Kambja_algkool, lk 66
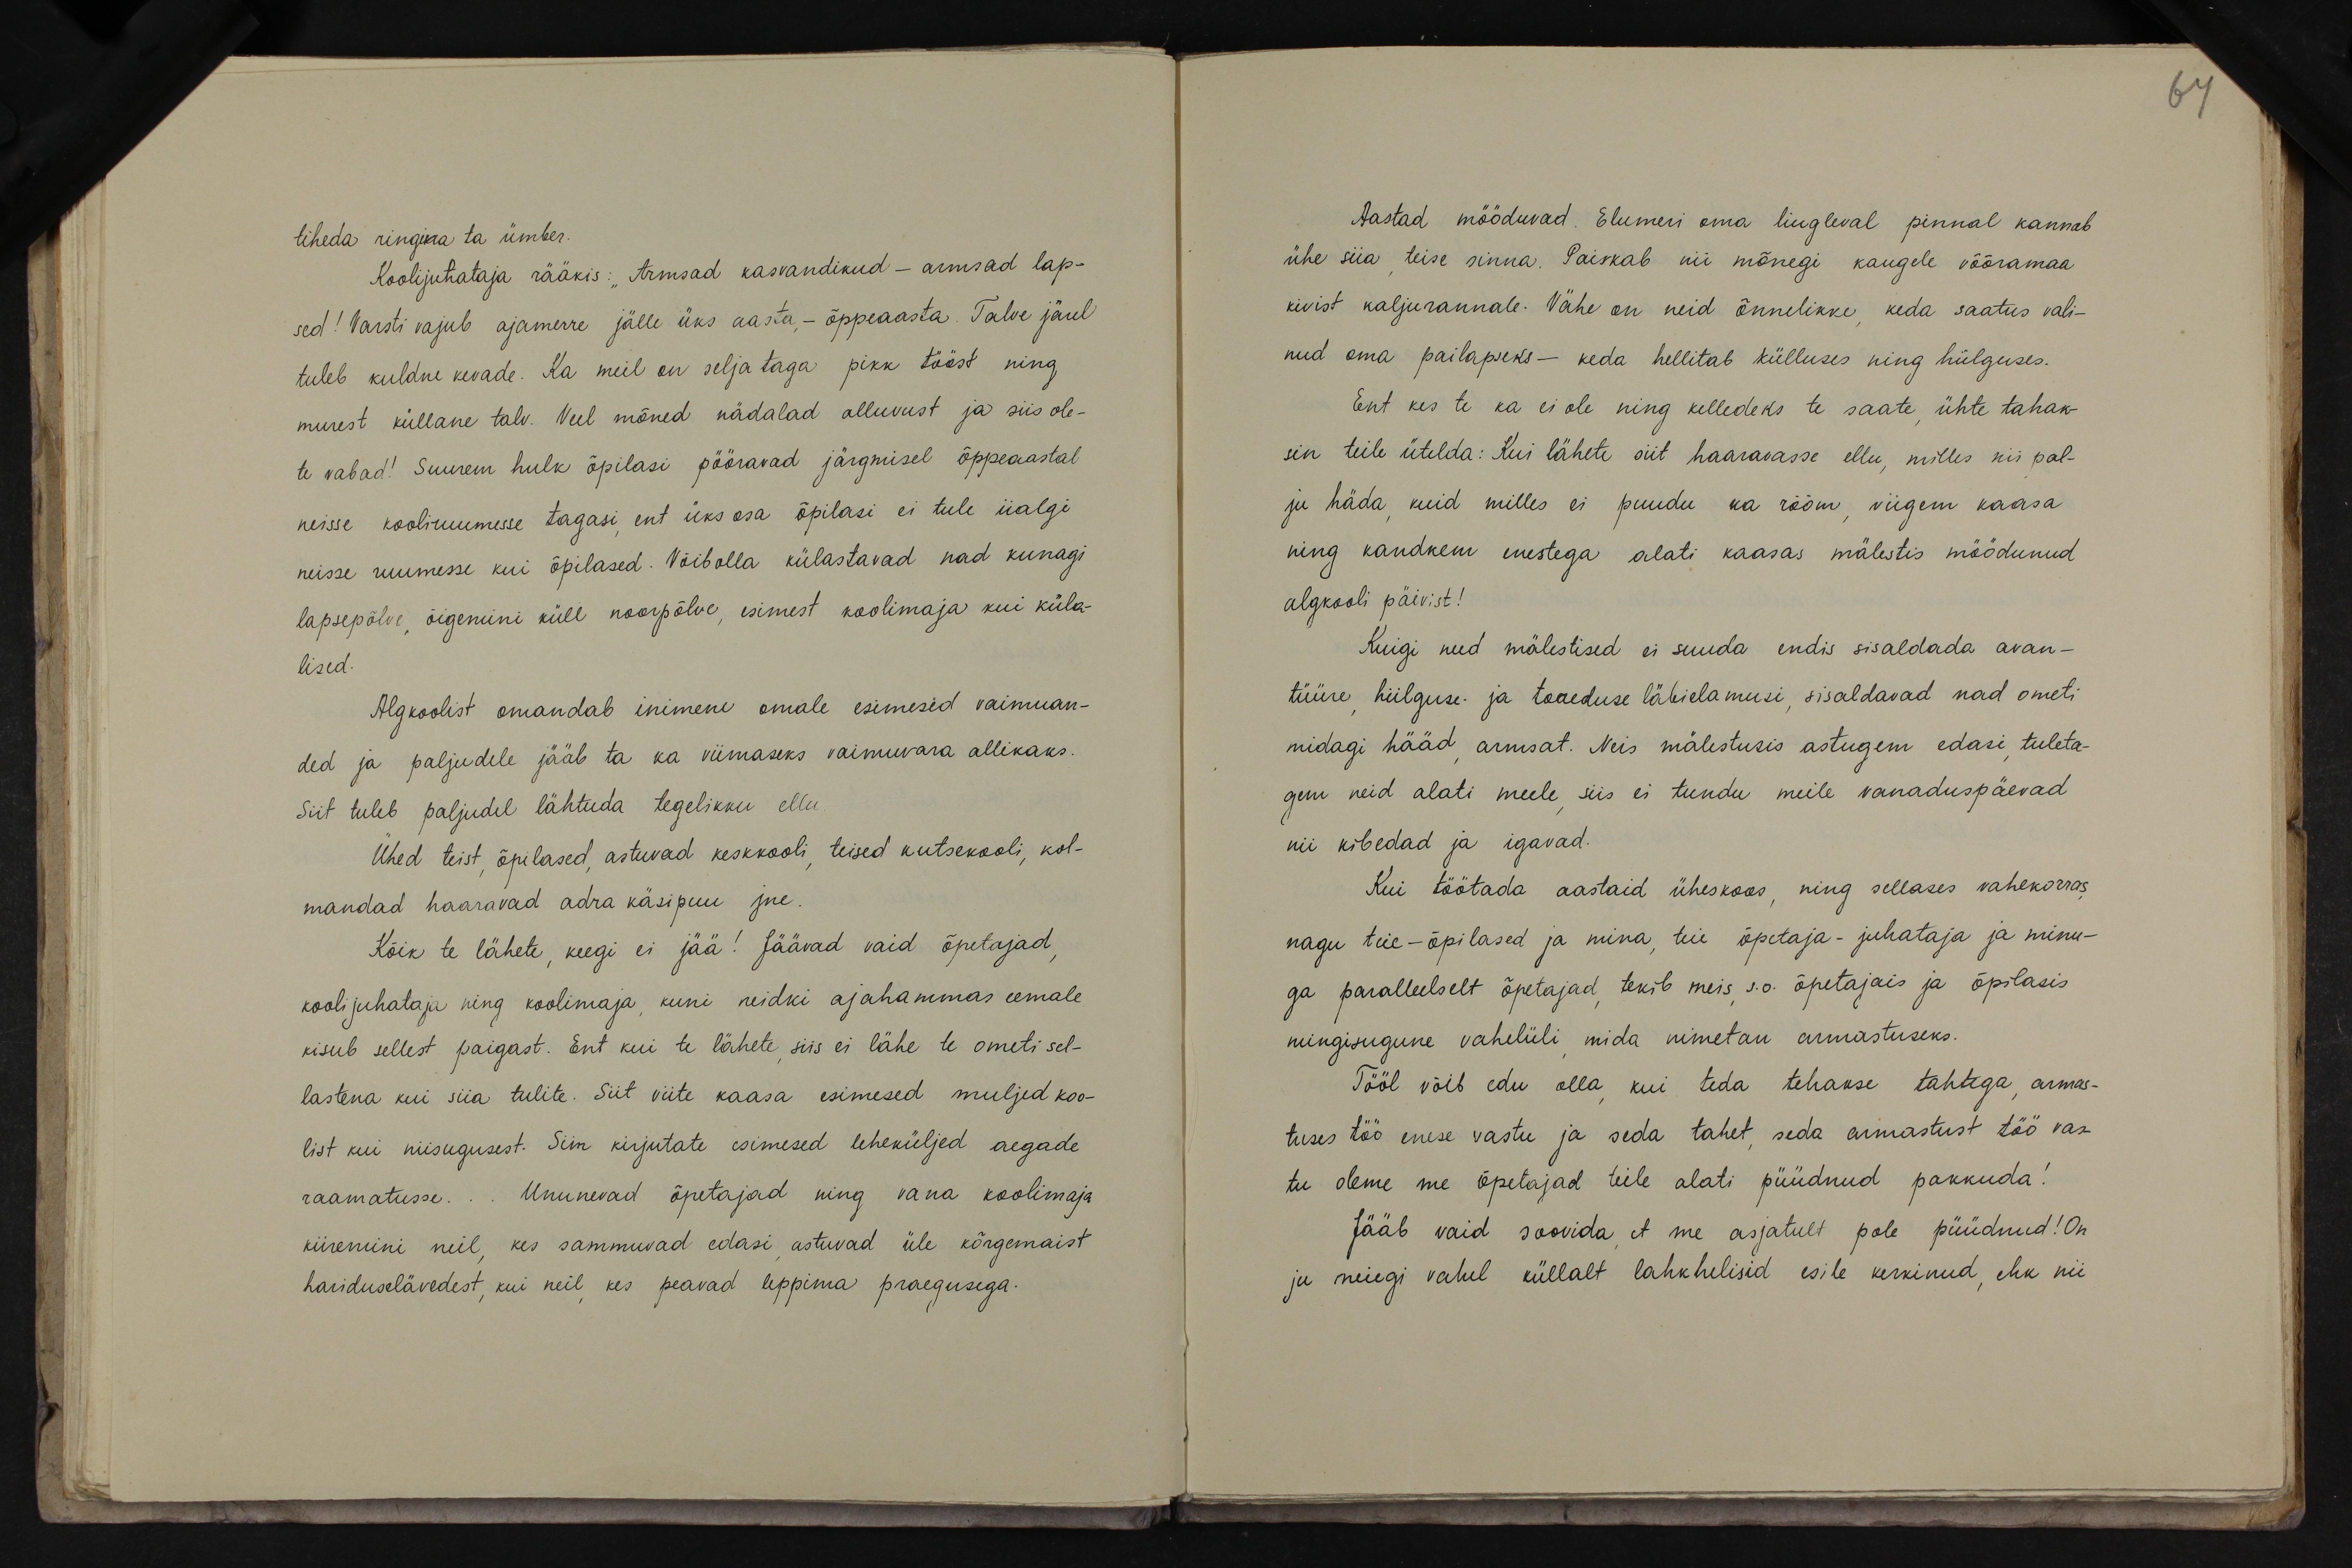
67

tiheda ringika ta ümber.
Koolijutataja rääkis: "Armsad kasvandikud - armsad lap-
sed! Varsti vajub ajamerre jälle üks aasta, - õppeaasta Talve järel
tuleb kuldne kevade. Ka meil on seljataga pikk tööst ning
murest küllane talv. Veel mõned nädalad alluvust ja siis ole-
te vabad! Suurem hulk õpilasi pööravad järgmisel õppeaastal
neisse kooliruumisse tagasi, ent üks osa õpilasi ei tule iialgi
neisse ruumesse kui õpilased. Võibolla külastavad nad kunagi
lapsepõlve õigemini küll noorpõlve, esimest koolimaja kui küla-
lised.
Algkoolist omandab inimene omale esimesed vaimuan-
ded ja paljudele jääb ta ka viimaseks vaimuvara allikaks.
Siit tuleb paljudel lähtuda tegelikku ellu
Ühed teist õpilased astuvad keskkooli teised kutsekooli, kol-
mandad haaravad adra käsipuu jne.
Kõik te lähete, keegi ei jää! Jäävad vaid õpetajad
kooli juhataja ning koolimaja kuni neidki ajahammas eemale
kisub sellest paigast. Ent kui te lähete, siis ei lähe te ometi sel-
lastena kui siia tulite. Siit viite kaasa esimesed muljed koo-
list kui niisugusest. Siin kirjutate esimesed leheküljed aegade
raamatusse... Ununevad õpetajad ning vana koolimaja
kiiremini neil, kes sammuvad edasi astuvad üle kõrgemaist
hariduselävedest, kui neil, kes peavad leppima praegusega.

Aastad mööduvad. Elumeri oma liugleval pinnal kannab
ühe siia teise sinna. Paiskab nii mõnegi kaugele võõramaa
kivist kaljurannale. Vähe on neid õnnelikke keda saatus vali-
nud oma pailapseks - keda hellitab külluses ning hiilguses.
Ent kes te ka ei ole ning kelledeks te saate ühte tahak-
sin teile ütelda: Kui lähete siit haaravasse ellu, milles nii pal-
ju häda, kuid milles ei puudu ka rõõm viigem kaasa
ning kandkem enestega alati kaasas mälestis möödunud.
algkooli päivist!
Kuigi need mälestised ei suuda endis sisaldada avan-
tüüre hiilguse ja toreduse läbielamusi, sisaldavad nad ometi
midagi hääd armsat. Neis mälestusis astugem edasi tuleta-
gem neid alati meele siis ei tundu meile vanaduspäevad.
nii kibedad ja igavad.
Kui töötada aastaid üheskoos ning sellases vahekorras
nagu teie - õpilased ja mina teie õpetaja- juhataja ja minu-
ga paralleelselt õpetajad tekib meis, s.o. õpetajais ja õpilasis
mingisugune vahelüli mida nimetan armastuseks.
Tööl võib edu olla kui teda tehakse tahtega armas-
tuses töö enese vastu ja seda tahet, seda armastust töö vast-
tu oleme me õpetajad teile alati püüdnud pakkuda!
Jääb vaid soovida et me asjatult pole püüdnud! On
ju meiegi vahel küllalt lahkhelisid esile kerkinud, ehk nii